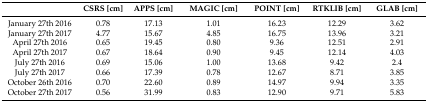
<table><thead><tr><td></td><td><b>CSRS [cm]</b></td><td><b>APPS [cm]</b></td><td><b>MAGIC [cm]</b></td><td><b>POINT [cm]</b></td><td><b>RTKLIB [cm]</b></td><td><b>GLAB [cm]</b></td></tr></thead><tbody><tr><td>January 27th 2016</td><td>0.78</td><td>17.13</td><td>1.01</td><td>16.23</td><td>12.29</td><td>3.62</td></tr><tr><td>January 27th 2017</td><td>4.77</td><td>15.67</td><td>4.85</td><td>16.75</td><td>13.96</td><td>3.21</td></tr><tr><td>April 27th 2016</td><td>0.65</td><td>19.45</td><td>0.80</td><td>9.36</td><td>12.51</td><td>2.91</td></tr><tr><td>April 27th 2017</td><td>0.67</td><td>18.64</td><td>0.90</td><td>9.45</td><td>12.14</td><td>4.03</td></tr><tr><td>July 27th 2016</td><td>0.69</td><td>15.06</td><td>1.00</td><td>13.68</td><td>9.42</td><td>2.4</td></tr><tr><td>July 27th 2017</td><td>0.66</td><td>17.39</td><td>0.78</td><td>12.67</td><td>8.71</td><td>3.85</td></tr><tr><td>October 26th 2016</td><td>0.70</td><td>22.60</td><td>0.89</td><td>14.97</td><td>9.94</td><td>3.35</td></tr><tr><td>October 27th 2017</td><td>0.56</td><td>31.99</td><td>0.83</td><td>12.90</td><td>9.71</td><td>5.83</td></tr></tbody></table>